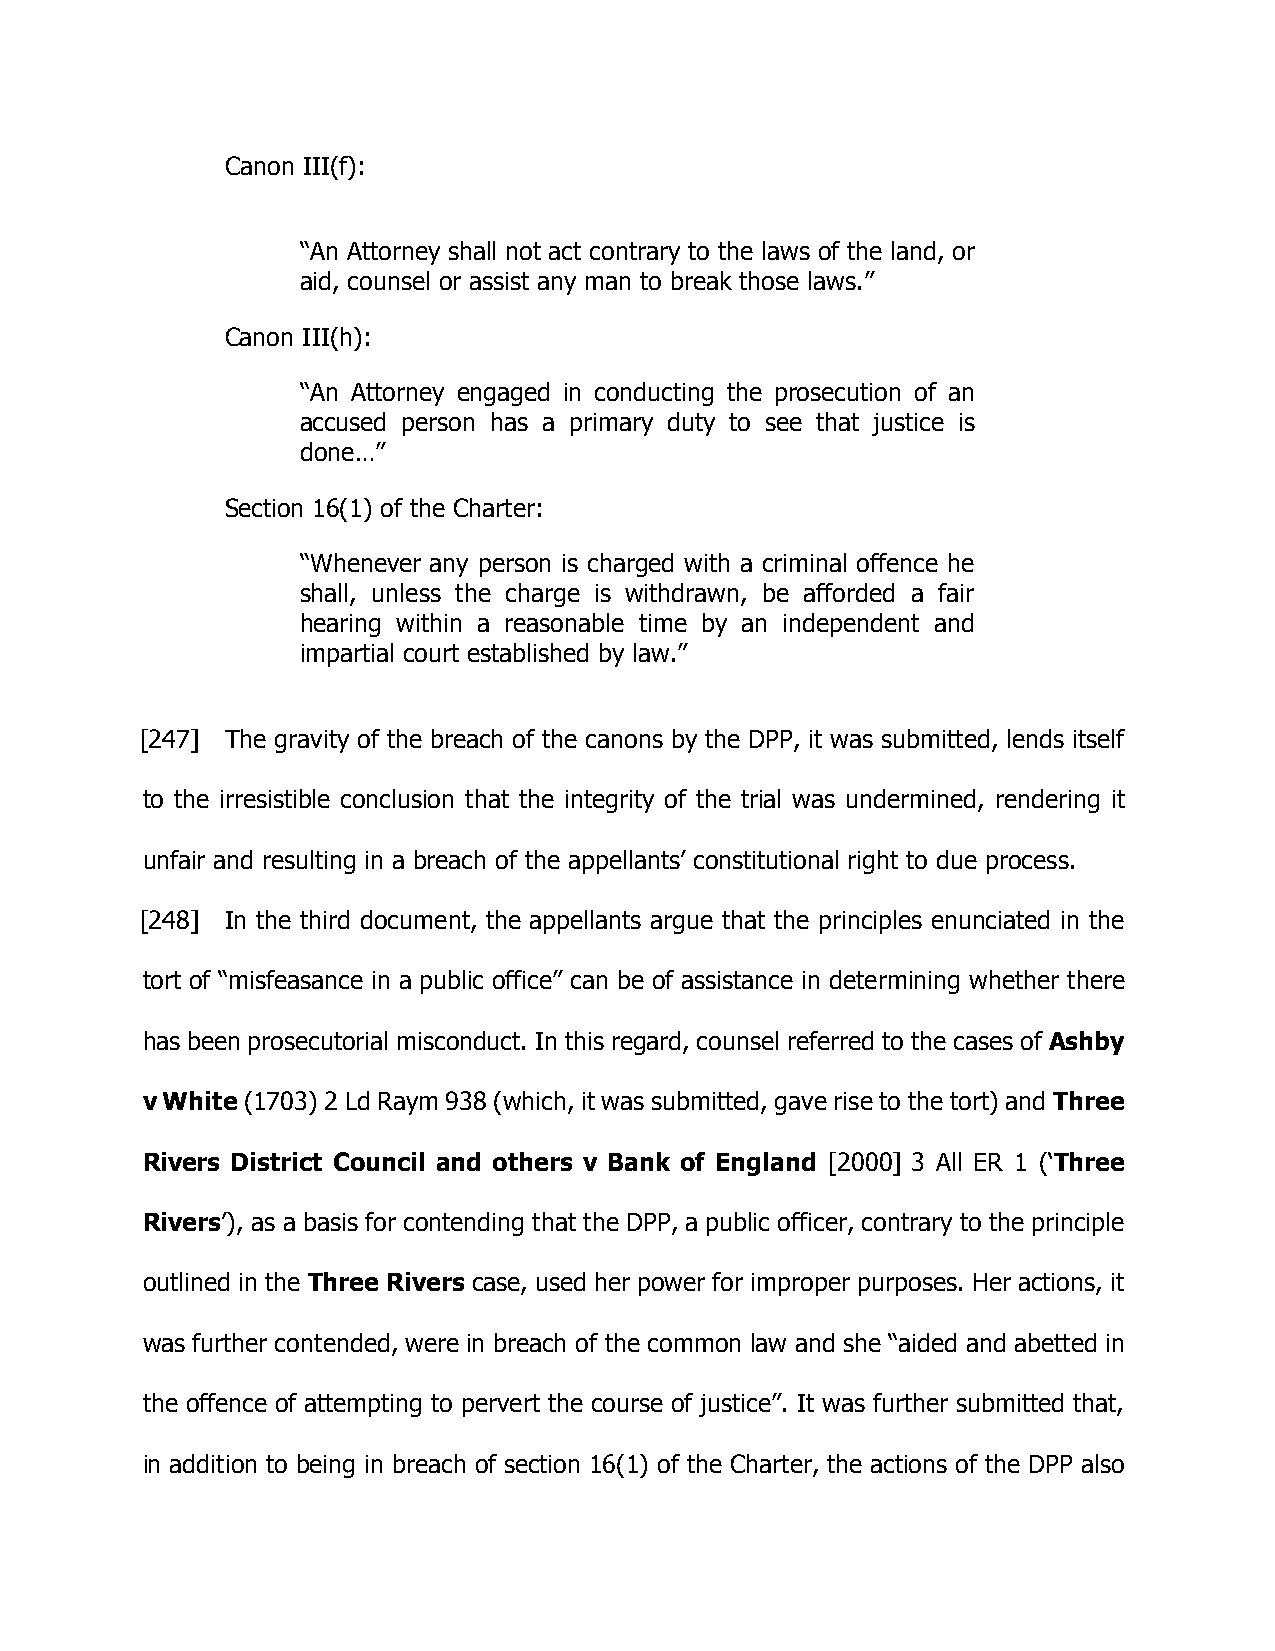
Canon III(f):
 “An Attorney shall not act contrary to the laws of the land, or
 aid, counsel or assist any man to break those laws.”
 Canon III(h):
 “An Attorney engaged in conducting the prosecution of an
 accused person has a primary duty to see that justice is
 done…”
 Section 16(1) of the Charter:
 “Whenever any person is charged with a criminal offence he
 shall, unless the charge is withdrawn, be afforded a fair
 hearing within a reasonable time by an independent and
 impartial court established by law.”
 [247] The gravity of the breach of the canons by the DPP, it was submitted, lends itself
 to the irresistible conclusion that the integrity of the trial was undermined, rendering it
 unfair and resulting in a breach of the appellants’ constitutional right to due process.
 [248] In the third document, the appellants argue that the principles enunciated in the
 tort of “misfeasance in a public office” can be of assistance in determining whether there
 has been prosecutorial misconduct. In this regard, counsel referred to the cases of Ashby
 v White (1703) 2 Ld Raym 938 (which, it was submitted, gave rise to the tort) and Three
 Rivers District Council and others v Bank of England [2000] 3 All ER 1 (‘Three
 Rivers’), as a basis for contending that the DPP, a public officer, contrary to the principle
 outlined in the Three Rivers case, used her power for improper purposes. Her actions, it
 was further contended, were in breach of the common law and she “aided and abetted in
 the offence of attempting to pervert the course of justice”. It was further submitted that,
 in addition to being in breach of section 16(1) of the Charter, the actions of the DPP also